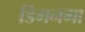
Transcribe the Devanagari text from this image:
डिगनगा